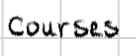
Text: courses
Cross-out: clean
Writing tool: digital_black